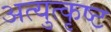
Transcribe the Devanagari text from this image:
अत्युत्‍कृष्ट